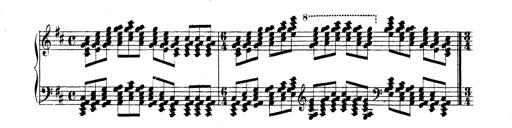
Title: Technische Studien
Composer: Franz Liszt